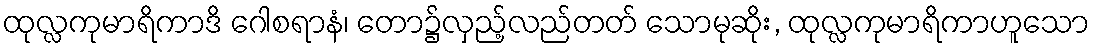
ထုလ္လကုမာရိကာဒိ ဂေါစရာနံ၊ တော၌လှည့်လည်တတ် သောမုဆိုး, ထုလ္လကုမာရိကာဟူသော